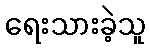
ရေးသားခဲ့သူ